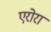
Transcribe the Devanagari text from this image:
एरोरा